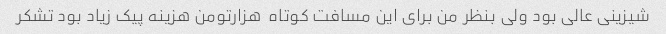
شیزینی عالی بود ولی بنظر من برای این مسافت کوتاه  هزارتومن هزینه پیک زیاد بود تشکر